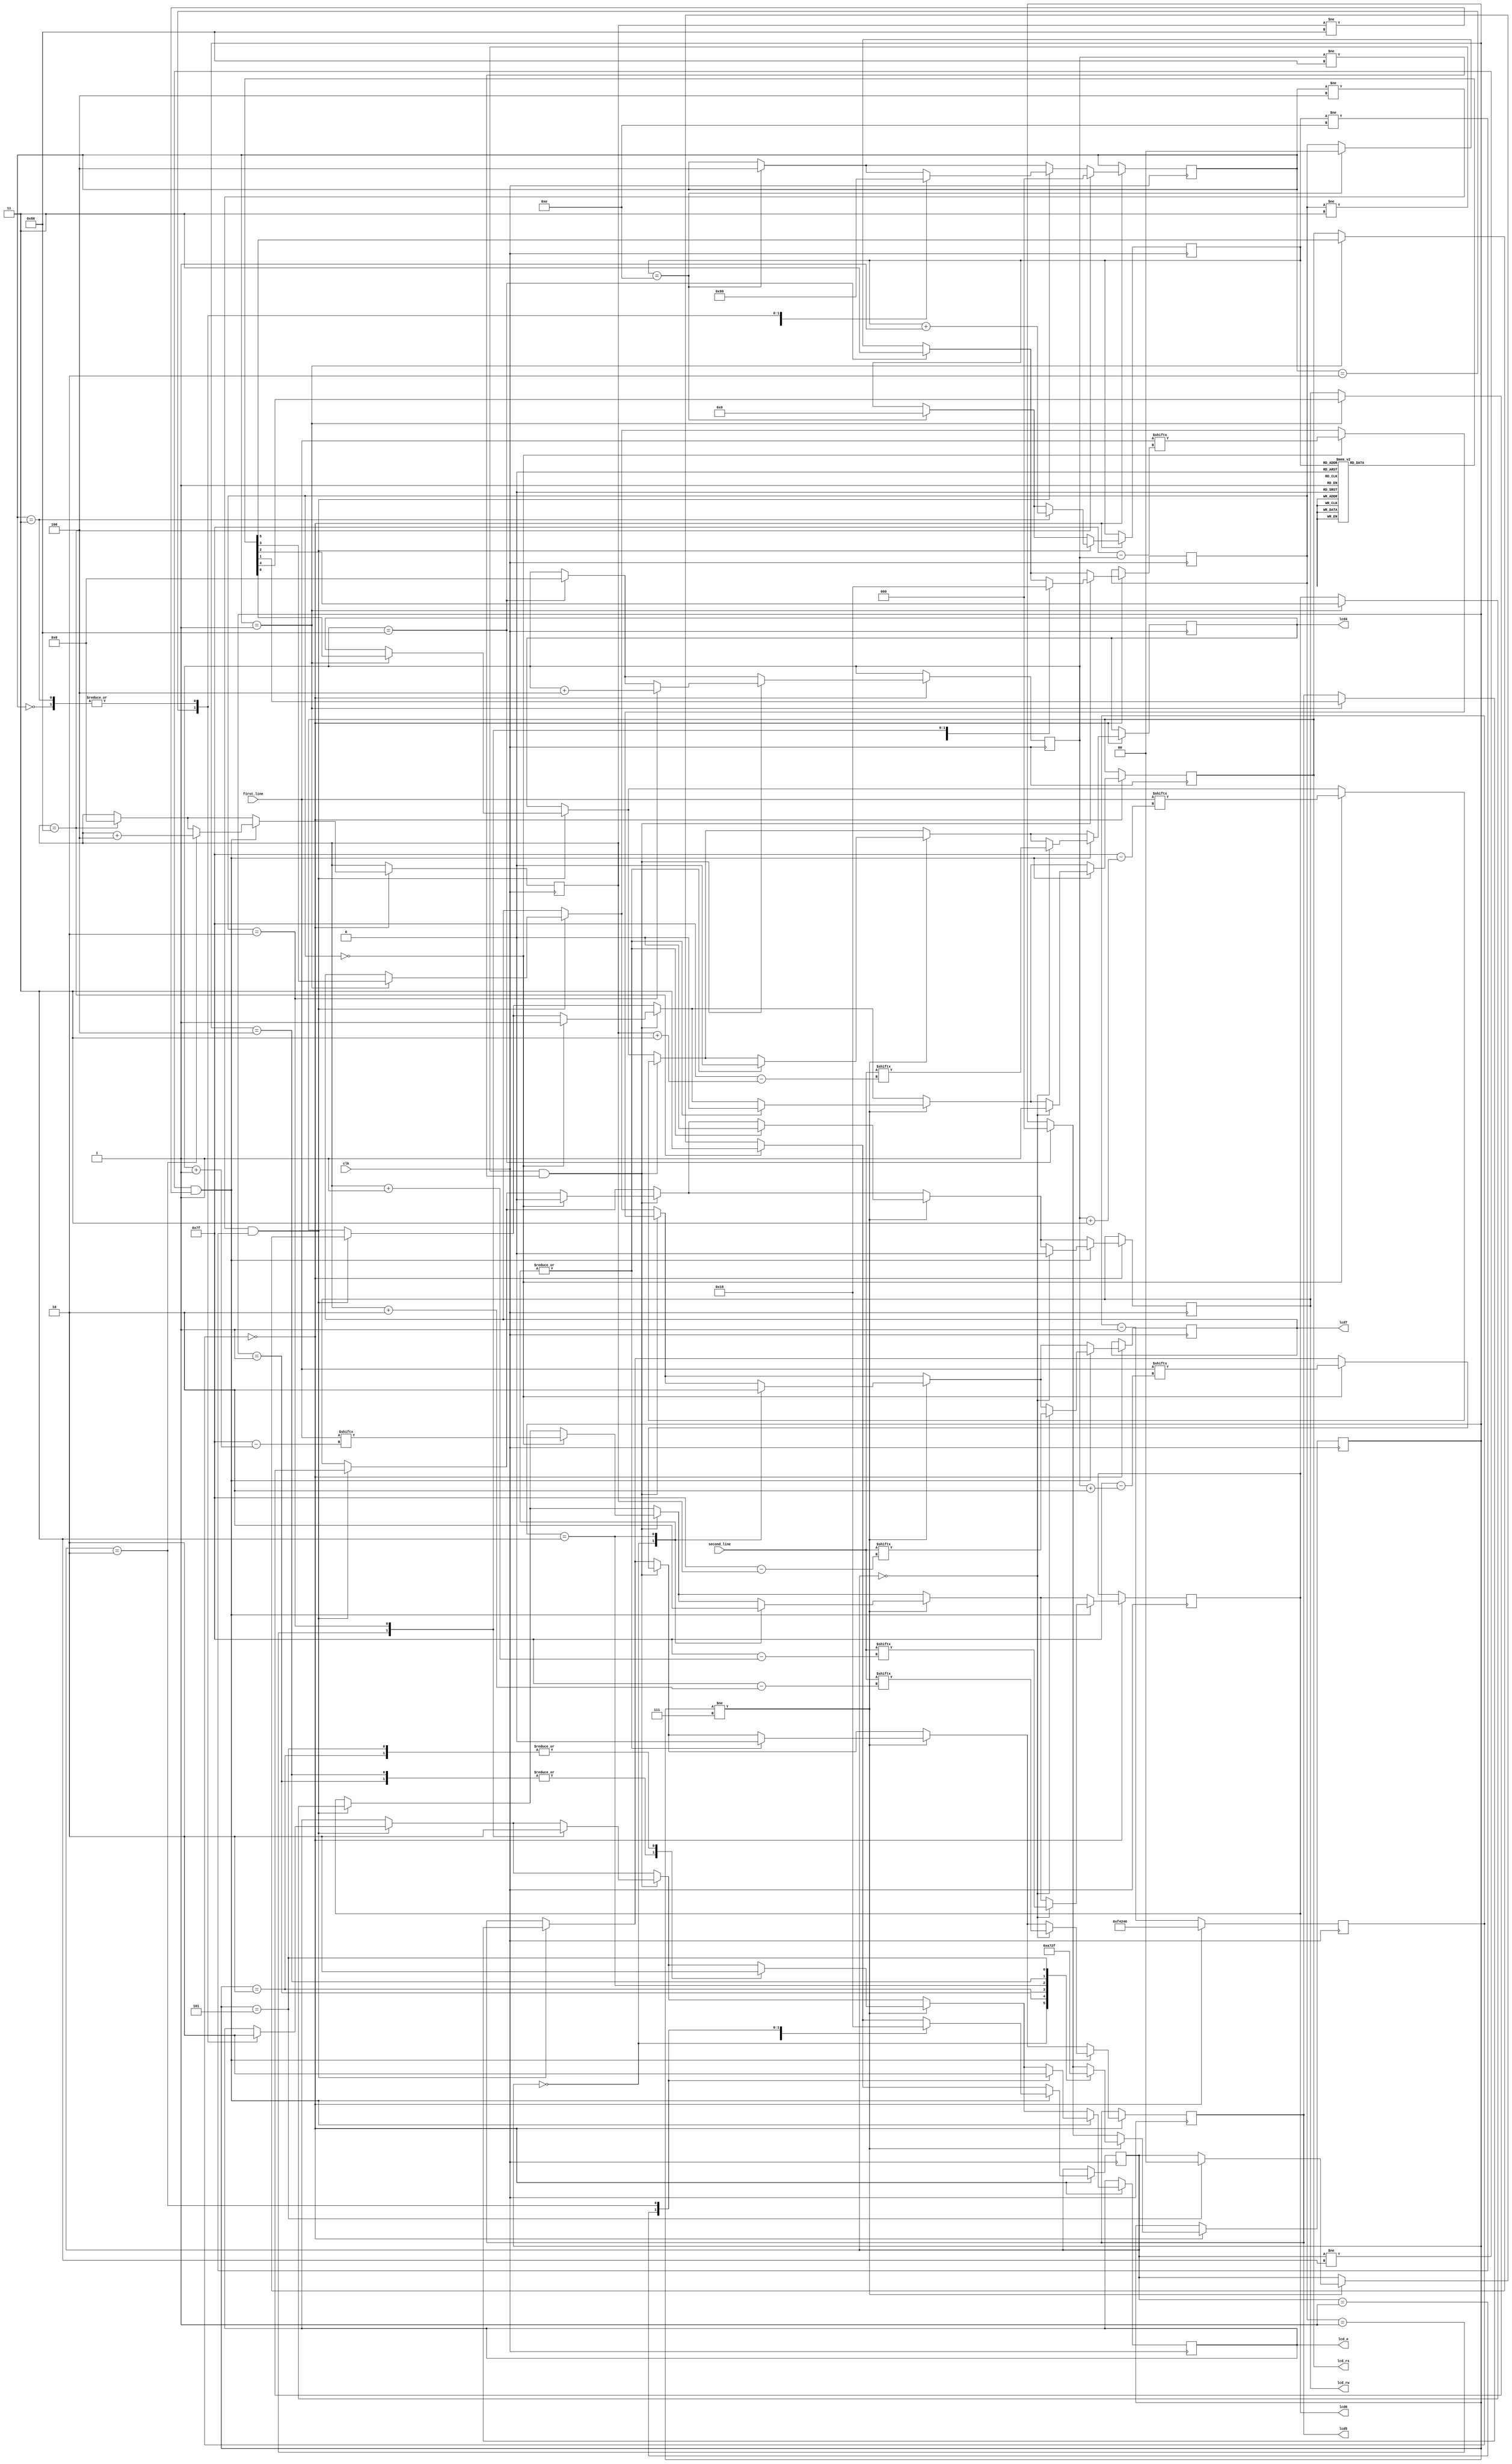
`timescale 1ns / 1ps
//////////////////////////////////////////////////////////////////////////////////
// Company: 
// Engineer: 
// 
// Design Name: 
// Module Name:    minimum_LCD 
// Project Name: 
// Target Devices: 
// Tool versions: 
// Description: 
//
// Dependencies: 
//
// Revision: 
// Revision 0.01 - File Created
// Additional Comments: 
//
//////////////////////////////////////////////////////////////////////////////////
module minimum_LCD(
	first_line,
	second_line,
	clk,
	lcd_rs,
	lcd_rw,
	lcd_e,
	lcd4,
	lcd5,
	lcd6,
	lcd7
    );

	input [0:127] first_line;
	input [0:127] second_line;
	input clk;
	output lcd_rs, lcd_rw, lcd_e, lcd4, lcd5, lcd6, lcd7;
	reg lcd_rs, lcd_rw, lcd_e, lcd4, lcd5, lcd6, lcd7;

	reg [7:0] first_line_index = 0;
	reg [1:0] first_line_state = 3;
	 
	reg [7:0] second_line_index = 0;
	reg [1:0] second_line_state = 3;
	 
	reg [19:0] counter = 1_000_000;
	reg [2:0] next_state = 0;
	 
	reg [2:0] line_break_state = 7;
	 
	reg [5:0] init_ROM [0:13];
	reg [3:0] init_ROM_index = 0;
	 
	// Initialization code
	initial begin
		init_ROM[0] = 6'h03;
		init_ROM[1] = 6'h03;
		init_ROM[2] = 6'h03;
		init_ROM[3] = 6'h02;
		init_ROM[4] = 6'h02;
		init_ROM[5] = 6'h08;
		init_ROM[6] = 6'h00;
		init_ROM[7] = 6'h06;
		init_ROM[8] = 6'h00;
		init_ROM[9] = 6'h0c;
		init_ROM[10] = 6'h00;
		init_ROM[11] = 6'h01;
		init_ROM[12] = 6'h08;
		init_ROM[13] = 6'h00;
	end
	
	always @ (posedge clk) begin
	   	if (counter == 0) begin
		   	counter <= 1_000_000;
			
			// Initialization state machine
			if (init_ROM_index == 14) begin
				next_state <= 4;
				init_ROM_index <= 0;
				first_line_state <= 0;
			end
					
			if ((next_state != 4) && (init_ROM_index != 14)) begin
			  	case (next_state)
			    		0: begin
						lcd_e <= 0;
						next_state <= 1;
               		    		end
					
                            		1: begin
						{lcd_rs, lcd_rw, lcd7, lcd6, lcd5, lcd4} <= init_ROM[init_ROM_index];
						next_state <= 2;
			    		end
					
			    		2: begin
						lcd_e <= 1;
						next_state <= 3;
			    		end
					
			    		3: begin
						lcd_e <= 0;
						next_state <= 1;
						init_ROM_index <= init_ROM_index + 1;
			    		end
			  	endcase
			end
			
			// First line state machine
			if (first_line_index == 128) begin
				first_line_state <= 3;
				first_line_index <= 0;
				line_break_state <= 0;
			end
			if ((first_line_state != 3) && (first_line_index != 128)) begin
				case (first_line_state)
					0: begin
						{lcd_rs, lcd_rw, lcd7, lcd6, lcd5, lcd4} <= {2'h2,first_line[first_line_index],first_line[first_line_index+1],first_line[first_line_index+2],first_line[first_line_index+3]};
						first_line_state <= 1;
					end
						
					1: begin
						lcd_e <= 1;
						first_line_state <= 2;
					end
					
					2: begin
						lcd_e <= 0;
						first_line_state <= 0;
						first_line_index <= first_line_index+4;
					end
				endcase
			end
			
			// Line break state machine
			if (line_break_state != 7) begin
				case (line_break_state)
					0: begin
						{lcd_rs, lcd_rw, lcd7, lcd6, lcd5, lcd4} <= 6'h0c;
						line_break_state <= 1;
					end
						
					1: begin
						lcd_e <= 1;
						line_break_state <= 2;
					end
						
					2: begin
						lcd_e <= 0;
						line_break_state <= 3;
					end
						
					3: begin
						{lcd_rs, lcd_rw, lcd7, lcd6, lcd5, lcd4} <= 6'h00;
						line_break_state <= 4;
					end
						
					4: begin
						lcd_e <= 1;
						line_break_state <= 5;
					end
						
					5: begin
						lcd_e <= 0;
						line_break_state <= 7;
						second_line_state <= 0;
					end
				endcase
			end
			
			// Second line state machine
			if (second_line_index == 128) begin
				second_line_state <= 3;
				second_line_index <= 0;
				next_state<=0;
			end
			if ((second_line_state != 3) && (second_line_index != 128)) begin
				case (second_line_state)
					0: begin
						{lcd_rs, lcd_rw, lcd7, lcd6, lcd5, lcd4} <= {2'h2,second_line[second_line_index],second_line[second_line_index+1],second_line[second_line_index+2],second_line[second_line_index+3]};
						second_line_state <= 1;
					end
						
					1: begin
						lcd_e <= 1;
						second_line_state <= 2;
					end
					
					2: begin
						lcd_e <= 0;
						second_line_state <= 0;
						second_line_index <= second_line_index+4;
					end
				endcase
			end
		end
		else 
		begin 
		   	counter <= counter - 1;
		end
	end
endmodule